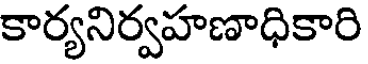
కార్యనిర్వహణాధికారి